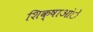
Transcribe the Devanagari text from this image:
शिक्षाआंे